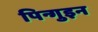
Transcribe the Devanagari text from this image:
पिन्गुइन